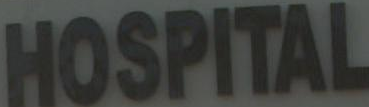
HOSPITAL